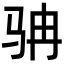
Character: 𩧬